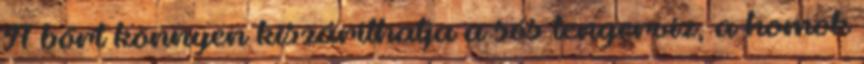
A bőrt könnyen kiszáríthatja a sós tengervíz, a homok